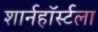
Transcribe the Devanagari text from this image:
शार्नहॉर्स्टला